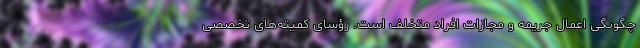
چگونگی اعمال جریمه و مجازات افراد متخلف است. رؤسای کمیته‌های تخصصی